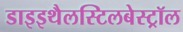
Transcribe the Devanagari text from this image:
डाइइथैलस्टिलबेस्ट्रॉल